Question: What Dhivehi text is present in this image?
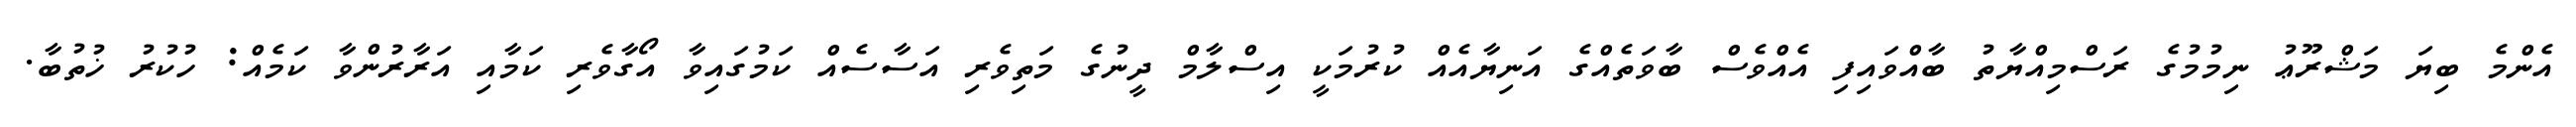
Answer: އެންމެ ބިޔަ މަޝްރޫޢު ނިމުމުގެ ރަސްމިއްޔާތު ބާއްވައިފި އެއްވެސް ބާވަތެއްގެ އަނިޔާއެއް ކުރުމަކީ އިސްލާމް ދީނުގެ މަތިވެރި އަސާސެއް ކަމުގައިވާ އޯގާވެރި ކަމާއި އަރާރުންވާ ކަމެއް: ހުކުރު ޚުތުބާ.